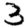
Digit: 3